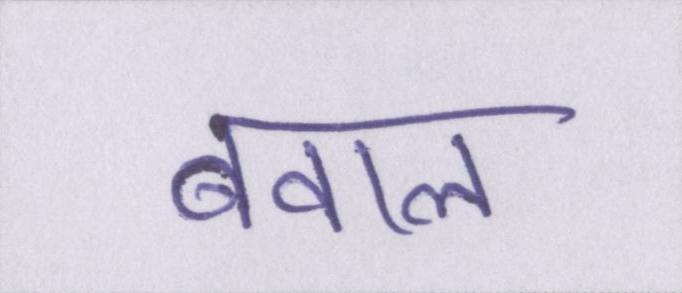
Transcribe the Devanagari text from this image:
बवाल